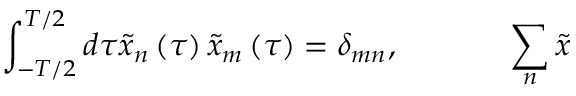
\int _ { - T / 2 } ^ { T / 2 } d \tau \tilde { x } _ { n } \left( \tau \right) \tilde { x } _ { m } \left( \tau \right) = \delta _ { m n } , \mathrm { ~ \ \ \ \ \ \ \ \ \ } \sum _ { n } \tilde { x }